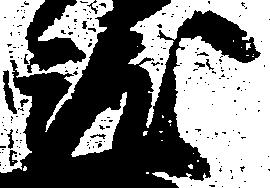
就